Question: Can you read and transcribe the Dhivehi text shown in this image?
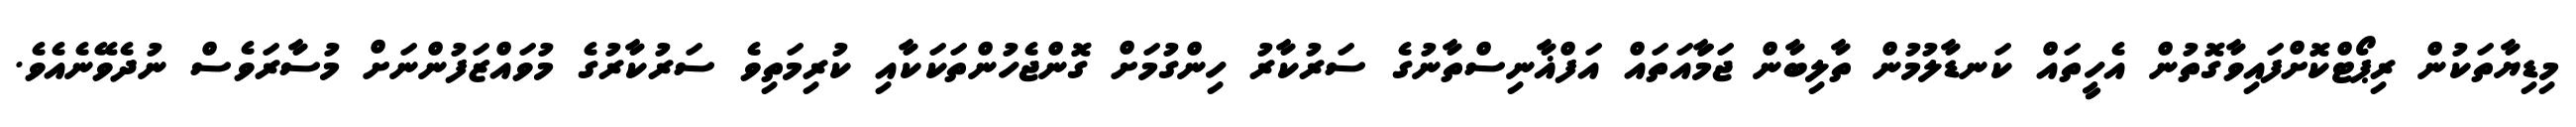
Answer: މިޑިޔާތަކުން ރިޕޯޓްކޮށްފައިވާގޮތުން އެހީތައް ކަނޑާލުމުން ތާލިބާން ޖަމާައަތައް އަފްޣާނިސްތާނުގެ ސަރުކާރު ހިންގުމަށް ގޮންޖެހުންތަކަކާއި ކުރިމަތިވެ ސަރުކާރުގެ މުވައްޒަފުންނަށް މުސާރަވެސް ނުދެވޭނެއެވެ.